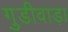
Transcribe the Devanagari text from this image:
गुडीवाड़ा